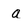
Character: a